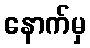
နောက်မှ